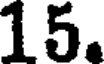
15.